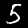
Digit: 5